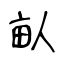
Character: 畒